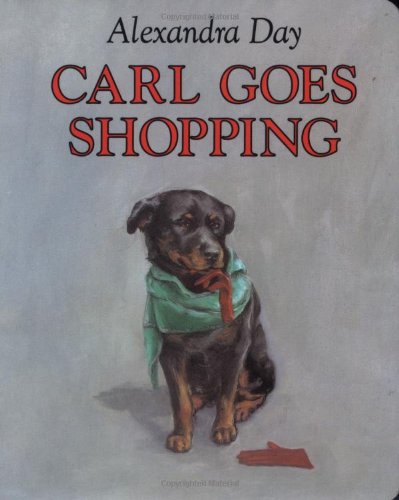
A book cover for Carl Goes Shopping; Alexandra Day; Children's Books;